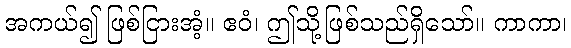
အကယ်၍ ဖြစ်ငြားအံ့။ ဧဝံ၊ ဤသို့ဖြစ်သည်ရှိသော်။ ကာကာ၊